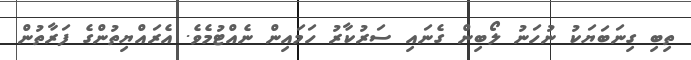
ތިބި ގިނަބަޔަކު ނުހަނު ލޯބިން ގެނައި ސަރުކާރު ހަމައިން ނެއްޓުމެވެ. އެރައްޔިތުންގެ ފަރާތުން